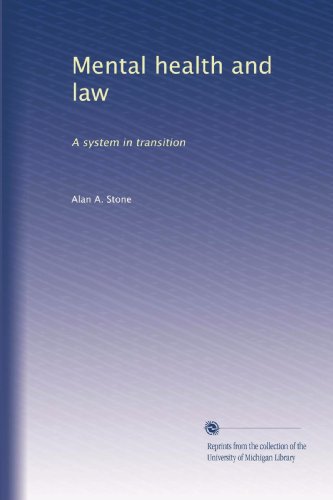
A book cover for Mental health and law: A system in transition; Alan A. Stone; Law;